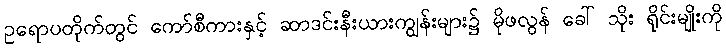
ဥရောပတိုက်တွင် ကော်စီကားနှင့် ဆာဒင်းနီးယားကျွန်းများ၌ မိုဖလွန် ခေါ် သိုး ရိုင်းမျိုးကို